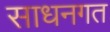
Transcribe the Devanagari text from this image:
साधनगत